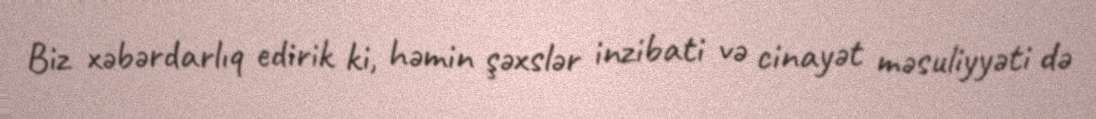
Biz xəbərdarlıq edirik ki, həmin şəxslər inzibati və cinayət məsuliyyəti də